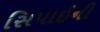
સિપાઇની